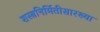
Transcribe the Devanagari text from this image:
शस्त्रनिर्मितीसारख्या